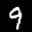
Label: 9